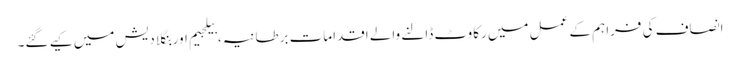
انصاف کی فراہم کے عمل میں رکاوٹ ڈالنے والے اقدامات برطانیہ، بیلجیم اور بنگلا دیش میں کیے گئے۔